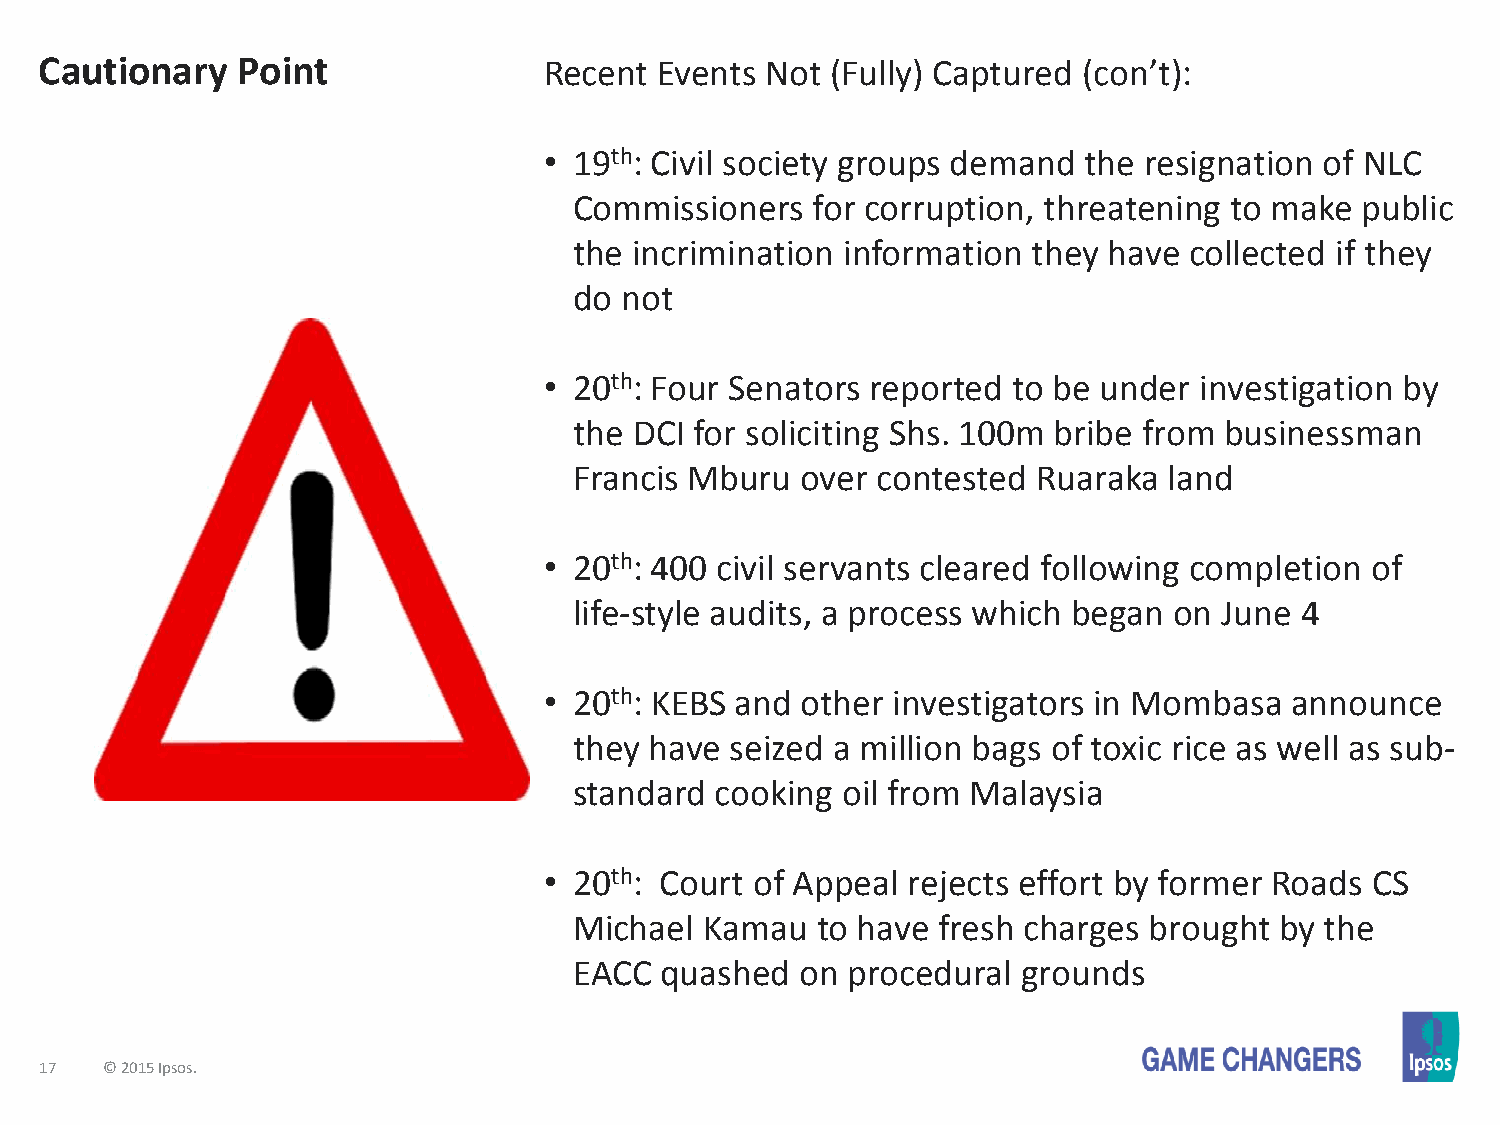
Cautionary   Point               Recent  Events Not (Fully) Captured (con’t):
 • 19th: Civil society groups demand the resignation of NLC
 Commissioners   for corruption, threatening to make public
 the incrimination information they have  collected if they
 do not
 • 20th: Four Senators reported to be under investigation by
 the DCI for soliciting Shs. 100m bribe from businessman
 Francis Mburu  over contested  Ruaraka land
 • 20th: 400 civil servants cleared following completion of
 life-style audits, a process which began on June 4
 • 20th: KEBS and other investigators in Mombasa   announce
 they have seized a million bags of toxic rice as well as sub-
 standard cooking  oil from Malaysia
 • 20th: Court of Appeal rejects effort by former Roads CS
 Michael  Kamau  to have fresh charges brought  by the
 EACC  quashed  on procedural  grounds
 17  © 2015 Ipsos.